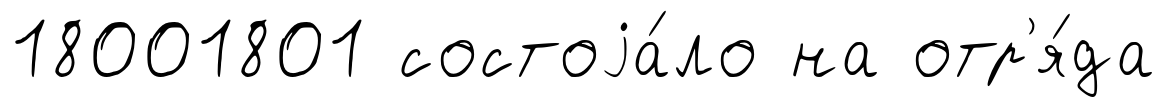
18001801 состоjа́ло на отр'я́да